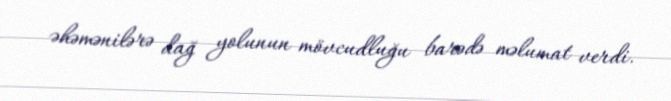
əhəmənilərə dağ yolunun mövcudluğu barədə məlumat verdi.